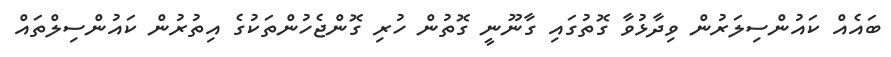
ބައެއް ކައުންސިލަރުން ވިދާޅުވާ ގޮތުގައި ގާނޫނީ ގޮތުން ހުރި ގޮންޖެހުންތަކުގެ އިތުރުން ކައުންސިލްތައް